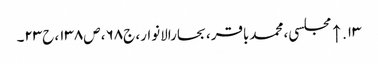
۱۳. ↑ مجلسی، محمدباقر، بحارالانوار، ج۶۸، ص۱۳۸، ح۲۳۔